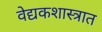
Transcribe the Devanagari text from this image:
वेद्यकशास्त्रात